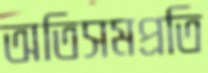
অতিসমপ্রতি